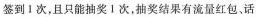
签到1次，且只能抽奖1次，抽奖结果有流量红包、话